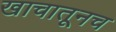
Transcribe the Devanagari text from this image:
खाचातूनच